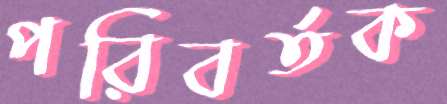
পরিবর্তক